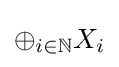
\oplus _{i\in \mathbb {N} }X_{i}